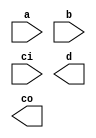
`timescale 1ns / 1ps
//////////////////////////////////////////////////////////////////////////////////
// Company: 
// Engineer: 
// 
// Design Name: 
// Module Name: adder4
// Project Name: 
// Target Devices: 
// Tool Versions: 
// Description: 
// 
// Dependencies: 
// 
// Revision:
// Revision 0.01 - File Created
// Additional Comments:
// 
//////////////////////////////////////////////////////////////////////////////////


module adder4(
    input [3:0] a,
    input [3:0] b,
    input ci,
    output [7:0] d,
    output co
    );
endmodule